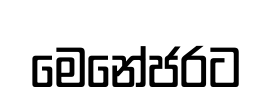
මෙනේජරට